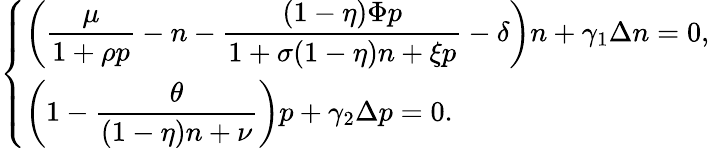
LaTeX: \left\{ \begin{array}{ll}{\left(\displaystyle\frac{\mu}{1+\rho p}-n-\displaystyle\frac{(1-\eta)\Phi p}{1+\sigma(1-\eta)n+\xi p}-\delta\right)n+\gamma_{1}\Delta n=0,}\\ {\left(1-\displaystyle\frac{\theta}{(1-\eta)n+\nu}\right)p+\gamma_{2}\Delta p=0.}\end{array}\right.